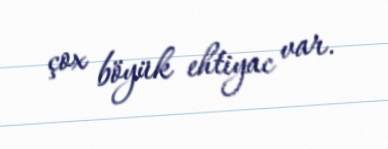
çox böyük ehtiyac var.